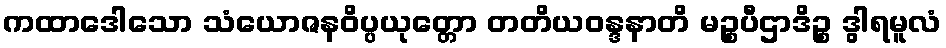
ကထာဒေါသော သံယောဇနဝိပ္ပယုတ္တော တတိယဝန္ဒနာတိ မဉ္စပီဌာဒိဉ္စ ဒွါရမူလံ